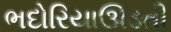
ભદોરિયાઊડતી